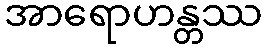
အာရောဟန္တဿ